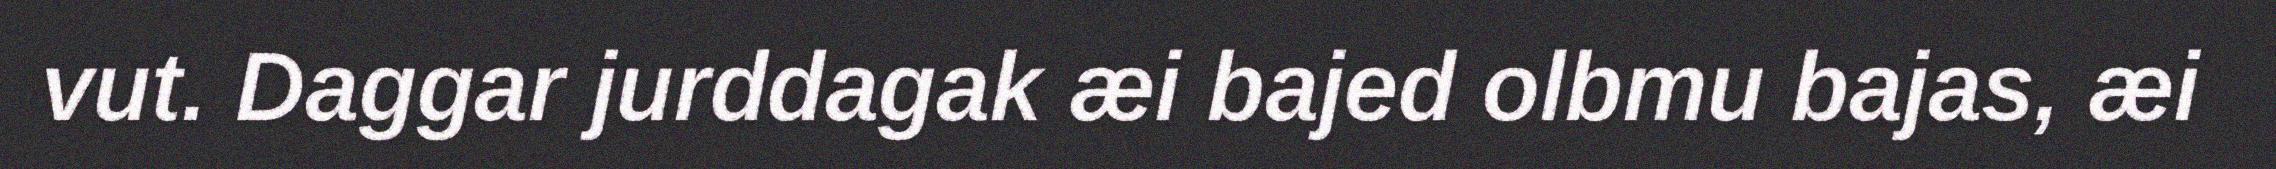
vut. Daggar jurddagak æi bajed olbmu bajas, æi